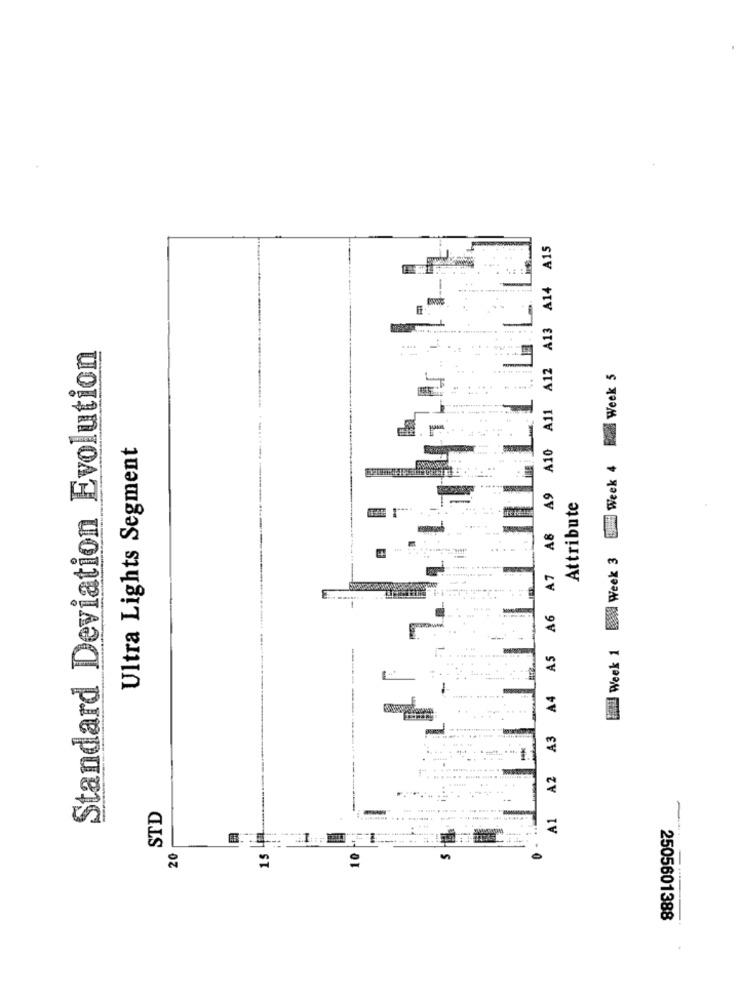
A1 A2 A3 A4 AS A6 A7 A8 A9 A10 A11 A12 A13 A14 A15
Standard Deviation Evolution
Week 1 N Week 3 EH Week 4 u Week 5
Ultra Lights Segment
Attribute
STD
20
15
2505601388